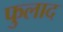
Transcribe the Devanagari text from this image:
फुलाद